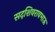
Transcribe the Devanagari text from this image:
सदशिवरावभाऊ